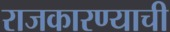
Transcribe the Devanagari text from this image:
राजकारण्याची